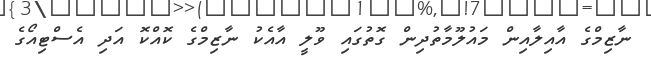
ނާޒިމްގެ އާއިލާއިން މައުލޫމާތުދިން ގޮތުގައި ވޫލީ އާއެކު ނާޒިމްގެ ކޮއްކޮ އަދި އެސްޓިއޯގެ